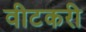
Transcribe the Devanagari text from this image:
वीटकरी